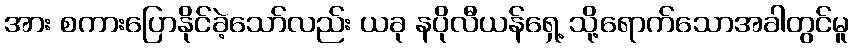
အား စကားပြောနိုင်ခဲ့သော်လည်း ယခု နပိုလီယန်ရှေ့ သို့ရောက်သောအခါတွင်မူ